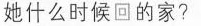
她什么时候回的家?